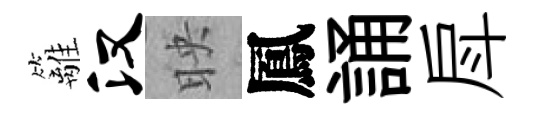
籬汉映鳳誦戽